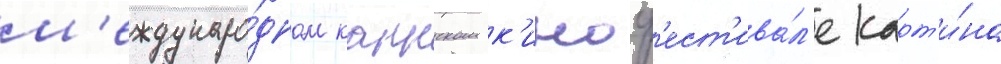
м'еждунаро́дном каннском к'иноф'ест'ива́л'е карт'и́на